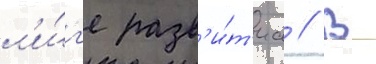
л'и́г'е разв'и́т'иа // В